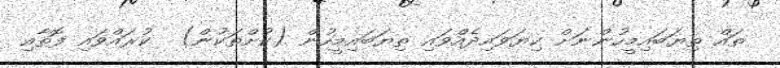
ތައް ތިޔަބައިމީހުންނަށް ކިޔަވައިދެއްވައި ތިޔަބައިމީހުން (ކުށްތަކުން)  ކުރައްވައި ފޮތާއި